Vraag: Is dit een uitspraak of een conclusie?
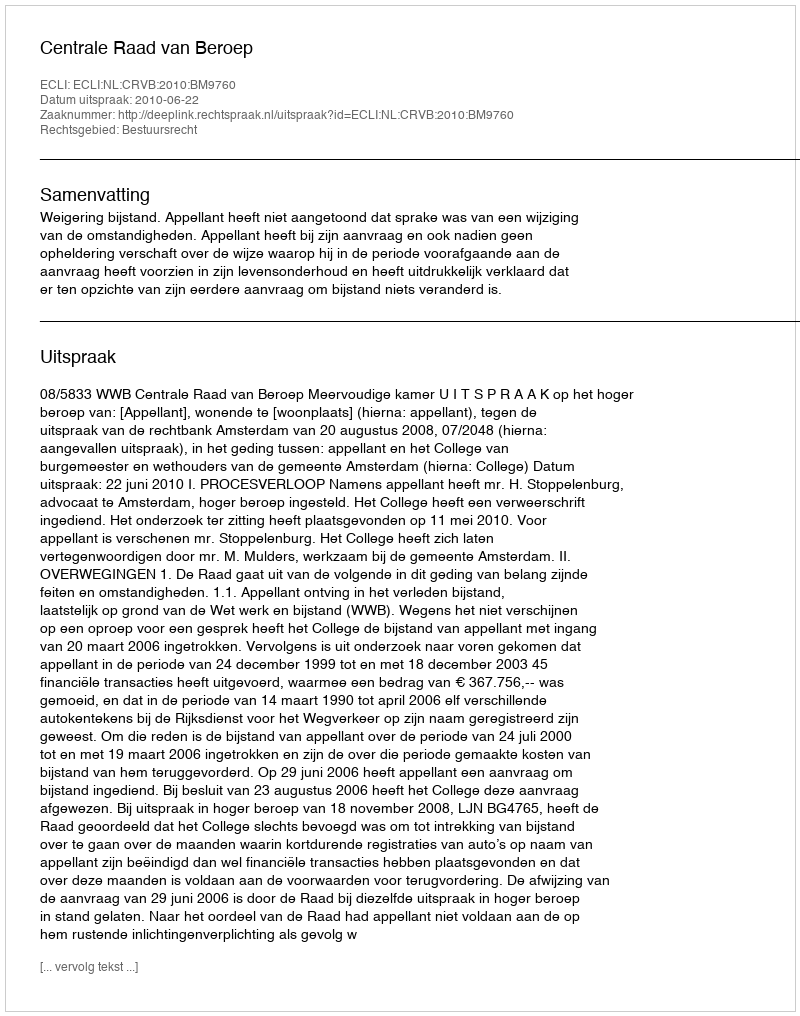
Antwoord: Uitspraak